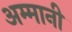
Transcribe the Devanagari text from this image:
अम्मानी